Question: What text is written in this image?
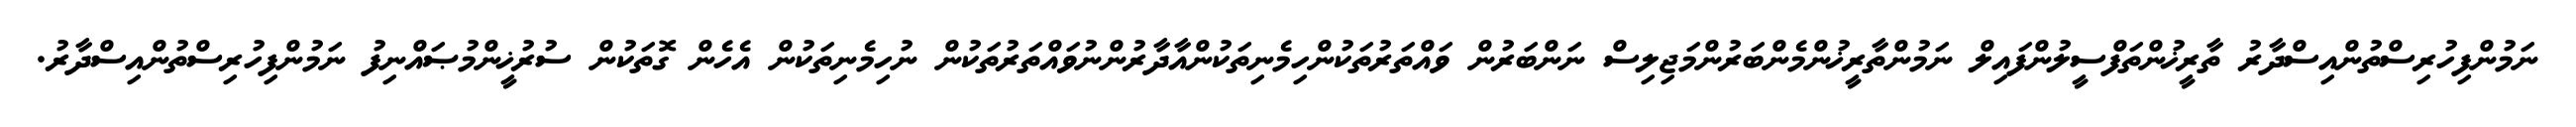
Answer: ނަމުންފިހުރިސްތުންއިސްދާރު ތާރީޚުންތަފްސީލުންފައިލް ނަމުންތާރީޚުންމެންބަރުންމަޖިލިސް ނަންބަރުން ވައްތަރުތަކުންހިމެނިތަކުންއާދާރުންނުވައްތަރުތަކުން ނުހިމެނިތަކުން އެހެން ގޮތަކުން ސުރުޚީންމުޞައްނިފު ނަމުންފިހުރިސްތުންއިސްދާރު.